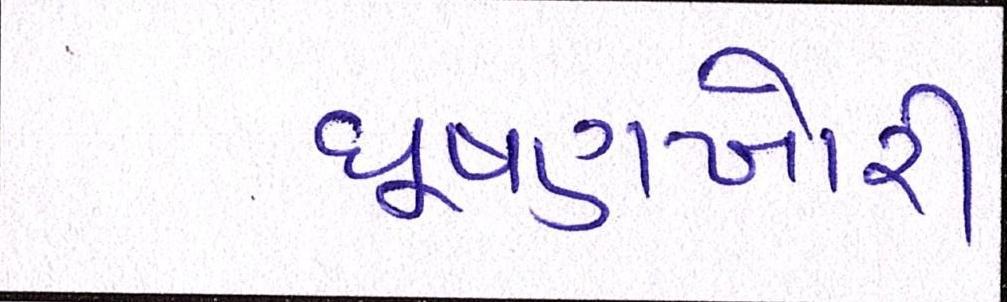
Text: ઘૂષણખોરી